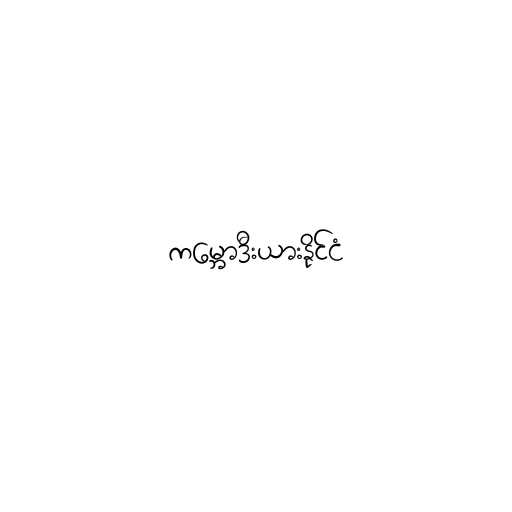
ကမ္ဘောဒီးယားနိုင်ငံ